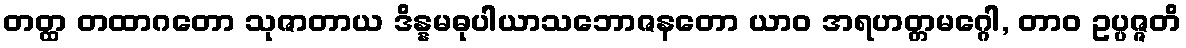
တတ္ထ တထာဂတော သုဇာတာယ ဒိန္နမဓုပါယာသဘောဇနတော ယာဝ အရဟတ္တမဂ္ဂေါ, တာဝ ဥပ္ပဇ္ဇတိ